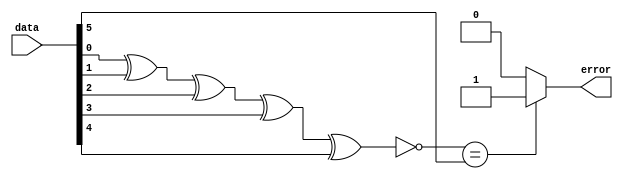
`timescale 1 ns/1 ns
module parityErrorChecker(
 data,
 error);
input [5:0] data;
output error;


wire z;
 xnor g1(z,data[0],data[1],data[2],data[3],data[4]);
	 
	 assign error = (z==data[5])? 1 : 0;
	


endmodule